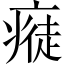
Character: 𤸭